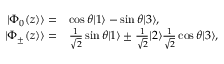
\begin{array} { r } { \begin{array} { r l } { | \Phi _ { 0 } ( z ) \rangle = } & { \cos \theta | 1 \rangle - \sin \theta | 3 \rangle , } \\ { | \Phi _ { \pm } ( z ) \rangle = } & { \frac { 1 } { \sqrt { 2 } } \sin \theta | 1 \rangle \pm \frac { 1 } { \sqrt { 2 } } | 2 \rangle \frac { 1 } { \sqrt { 2 } } \cos \theta | 3 \rangle , } \end{array} } \end{array}